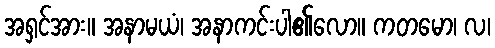
အရှင်အား။ အနာမယံ၊ အနာကင်းပါ၏လော။ ကတမော၊ လ၊